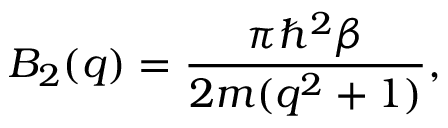
B _ { 2 } ( q ) = \frac { \pi \hbar ^ { 2 } \beta } { 2 m ( q ^ { 2 } + 1 ) } ,